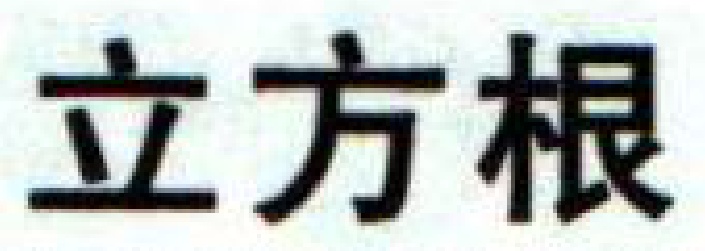
立方根